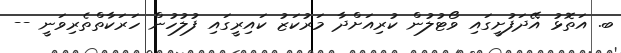
ބ. އަތޮޅު އޭދަފުށީގައި ވޯޓުލުން ކުރިއަށްދާ މަރުކަޒު ކައިރީގައި ފުލުހުން ހަރަކާތްތެރިވަނީ --